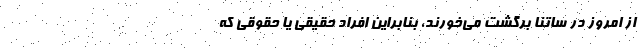
از امروز در ساتنا برگشت می‌خورند، بنابراین افراد حقیقی یا حقوقی که